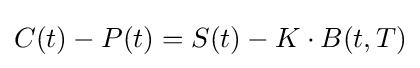
C(t)-P(t)=S(t)-K\cdot B(t,T)